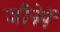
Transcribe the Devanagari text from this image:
जीनेमें